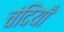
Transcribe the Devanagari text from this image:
चंदियाँ